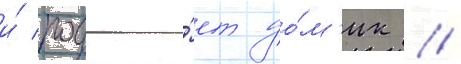
и́ поджига́ет до́м'ик //